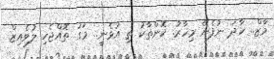
މާޒް.. ހާދަ ނުފެނޭ މިހާރު. ކޮންތާކު ތި އުޅެނީ.. މަގު ތޮއްޖެހި ލުވެއިޒް